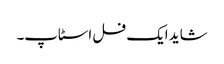
شاید ایک فل اسٹاپ۔